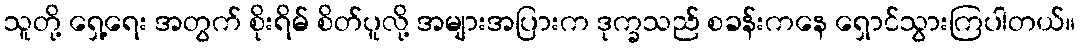
သူတို့ ရှေ့ရေး အတွက် စိုးရိမ် စိတ်ပူလို့ အများအပြားက ဒုက္ခသည် စခန်းကနေ ရှောင်သွားကြပါတယ်။